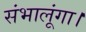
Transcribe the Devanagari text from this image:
संभालूंगा।